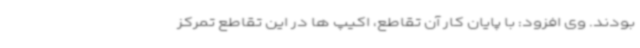
بودند. وی افزود: با پایان کار آن تقاطع، اکیپ ها در این تقاطع تمرکز